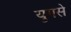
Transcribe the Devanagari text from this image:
युगसे